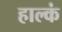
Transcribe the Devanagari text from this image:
हाल्कं